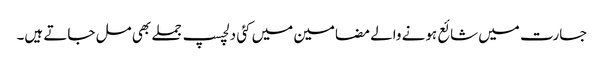
جسارت میں شائع ہونے والے مضامین میں کئی دلچسپ جملے بھی مل جاتے ہیں۔